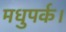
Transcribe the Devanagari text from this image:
मधुपर्क।